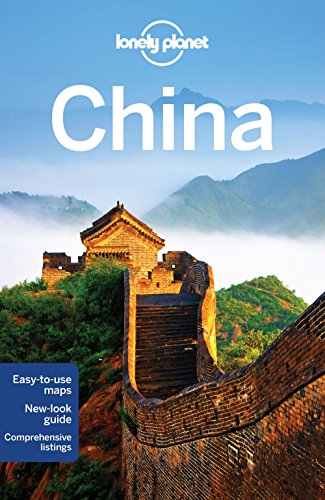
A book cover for Lonely Planet China (Travel Guide); Lonely Planet; Travel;